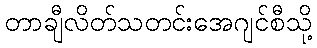
တာချီလိတ်သတင်းအေဂျင်စီသို့